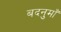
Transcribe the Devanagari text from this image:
बदनुमाँ